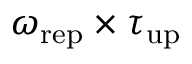
\omega _ { \mathrm { r e p } } \times \tau _ { \mathrm { u p } }